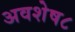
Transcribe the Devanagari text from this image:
अवशेष८